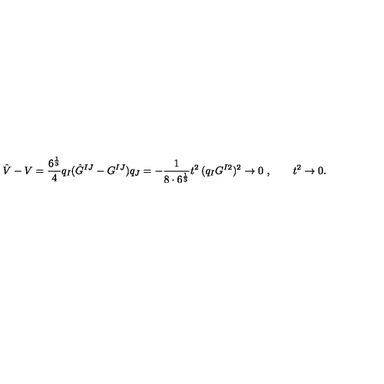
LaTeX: \hat { V } - V = \frac { 6 ^ { \frac { 1 } { 3 } } } { 4 } q _ { I } ( \hat { G } ^ { I J } - G ^ { I J } ) q _ { J } = - \frac { 1 } { 8 \cdot 6 ^ { \frac { 1 } { 3 } } } t ^ { 2 } \: ( q _ { I } G ^ { I 2 } ) ^ { 2 } \rightarrow 0 \ , \qquad t ^ { 2 } \rightarrow 0 .